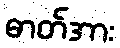
ဓာတ်အား